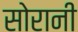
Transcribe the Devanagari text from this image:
सोरानी